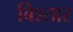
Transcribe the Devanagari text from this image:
बिश्तार